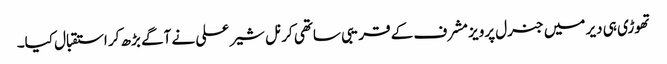
تھوڑی ہی دیر میں جنرل پرویز مشرف کے قریبی ساتھی کرنل شیر علی نے آگے بڑھ کر استقبال کیا۔